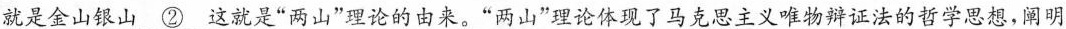
就是金山银山\underline{②}这就是”两山”理论的由来。”两山”理论体现了马克思主义唯物辩证法的哲学思想，阐明